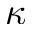
\kappa